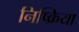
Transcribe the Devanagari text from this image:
निष्‍क्रिया